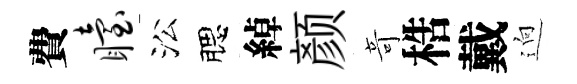
費眙㳂腮綽颜竒梏戴逈